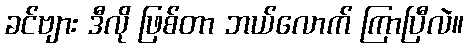
ခင်ဗျား ဒီလို ဖြစ်တာ ဘယ်လောက် ကြာပြီလဲ။